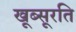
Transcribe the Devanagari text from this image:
खूब्सूरति